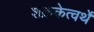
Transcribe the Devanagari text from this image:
शक्रकेत्वर्थे